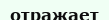
отражает